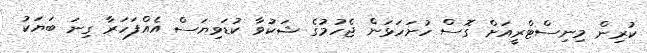
ކުރިން މިނިސްޓްރީއަށް ގޮސް ހުށަހަޅަން ޖެހުމުގެ ޝަކުވާ ކުޑަވިޔަސް އެއްފަހަރާ ގިނަ ބަޔަކު